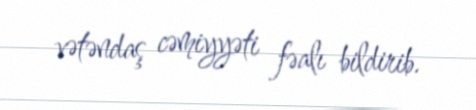
vətəndaş cəmiyyəti fəalı bildirib.